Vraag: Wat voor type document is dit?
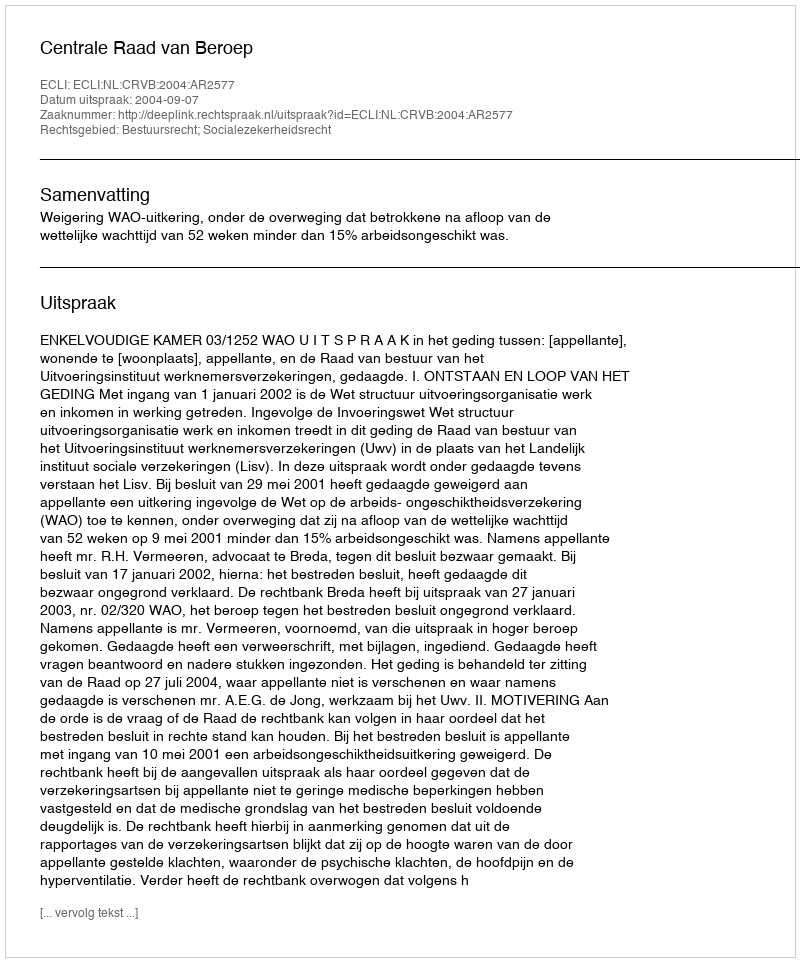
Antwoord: Uitspraak